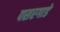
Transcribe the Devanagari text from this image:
पसरगाडे